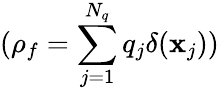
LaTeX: (\rho_{f}=\sum_{j=1}^{N_{q}}q_{j}\delta(\mathbf{x}_{j}))